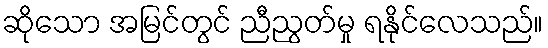
ဆိုသော အမြင်တွင် ညီညွတ်မှု ရနိုင်လေသည်။